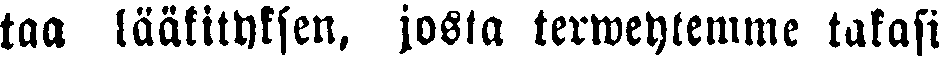
taa lääkityksen, josta terweytemme takasi